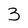
Character: 3